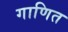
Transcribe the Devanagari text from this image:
गाणित